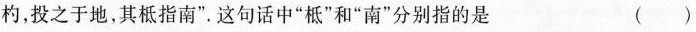
杓，投之于地，其柢指南”。这句话中”柢”和”南”分别指的是 ()